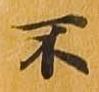
不